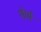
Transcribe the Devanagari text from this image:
शेणे